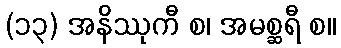
(၁၃) အနိဿုကီ စ၊ အမစ္ဆရီ စ။